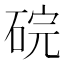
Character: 𬒑